Proceedings of the meeting of veterinary officers in India
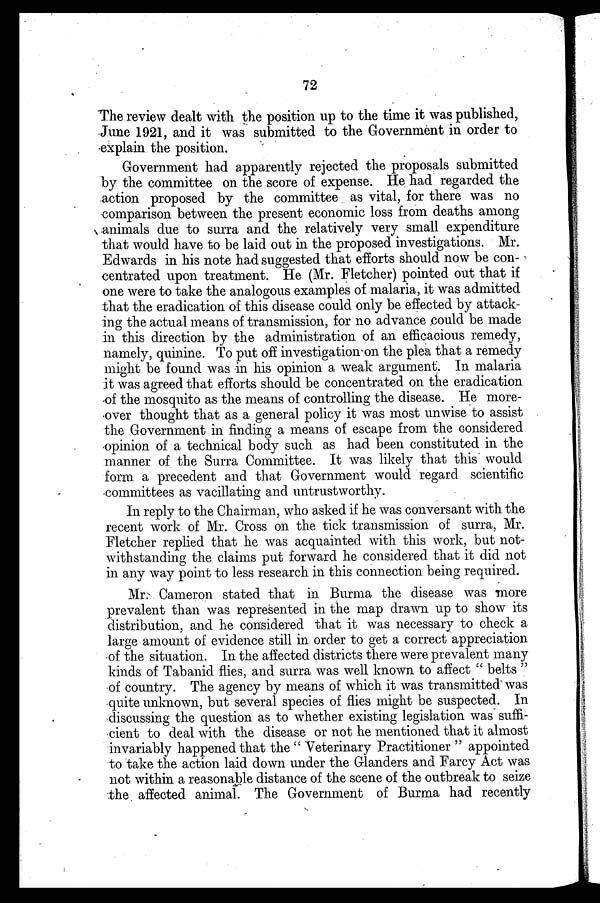
72
The review dealt with the position up to the time it was published,
June 1921, and it was submitted to the Government in order to
explain the position.
Government had apparently rejected the proposals submitted
by the committee on the score of expense. He had regarded the
action proposed by the committee as vital, for there was no
comparison between the present economic loss from deaths among
animals due to surra and the relatively very small expenditure
that would have to be laid out in the proposed investigations. Mr.
Edwards in his note had suggested that efforts should now be con-
centrated upon treatment. He (Mr. Fletcher) pointed out that if
one were to take the analogous examples of malaria, it was admitted
that the eradication of this disease could only be effected by attack-
ing the actual means of transmission, for no advance could be made
in this direction by the administration of an efficacious remedy,
namely, quinine. To put off investigation on the plea that a remedy
might be found was in his opinion a weak argument. In malaria
it was agreed that efforts should be concentrated on the eradication
of the mosquito as the means of controlling the disease. He more-
over thought that as a general policy it was most unwise to assist
the Government in finding a means of escape from the considered
opinion of a technical body such as had been constituted in the
manner of the Surra Committee. It was likely that this would
form a precedent and that Government would regard scientific
committees as vacillating and untrustworthy.
In reply to the Chairman, who asked if he was conversant with the
recent work of Mr. Cross on the tick transmission of surra, Mr.
Fletcher replied that he was acquainted with this work, but not-
withstanding the claims put forward he considered that it did not
in any way point to less research in this connection being required.
Mr. Cameron stated that in Burma the disease was more
prevalent than was represented in the map drawn up to show its
distribution, and he considered that it was necessary to check a
large amount of evidence still in order to get a correct appreciation
of the situation. In the affected districts there were prevalent many
kinds of Tabanid flies, and surra was well known to affect "belts"
of country. The agency by means of which it was transmitted was
quite unknown, but several species of flies might be suspected. In
discussing the question as to whether existing legislation was suffi-
cient to deal with the disease or not he mentioned that it almost
invariably happened that the "Veterinary Practitioner" appointed
to take the action laid down under the Glanders and Farcy Act was
not within a reasonable distance of the scene of the outbreak to seize
the affected animal. The Government of Burma had recently